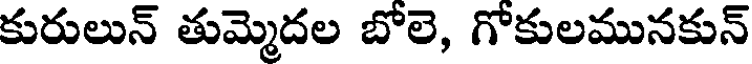
కురులున్ తుమ్మెదల బోలె, గోకులమునకున్